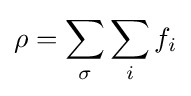
\rho =\sum _{\sigma }\sum _{i}f_{i}\,\!